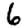
Digit: 6